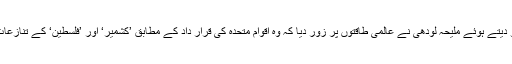
ایک برطانوی اخبار کو انٹرویو دیتے ہوئے ملیحہ لودھی نے عالمی طاقتوں پر زور دیا کہ وہ اقوام متحدہ کی قرار داد کے مطابق ’کشمیر‘ اور ’فلسطین‘ کے تنازعات کو حل کرنے میں مدد کریں۔